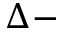
\Delta -